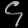
Digit: ၄